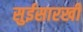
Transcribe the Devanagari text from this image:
सुईसारखी